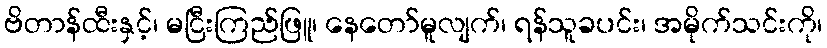
ဗိတာန်ထီးနှင့်၊ မငြီးကြည်ဖြူ၊ နေတော်မူလျက်၊ ရန်သူခပင်း၊ အမိုက်သင်းကို၊